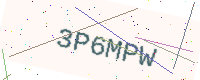
Text: 3P6MPW